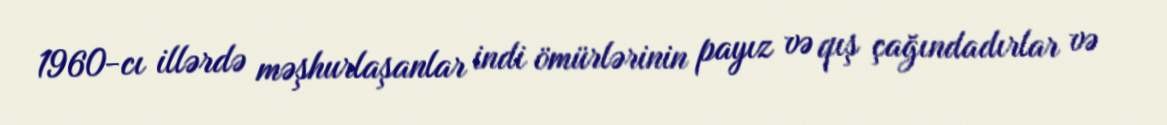
1960-cı illərdə məşhurlaşanlar indi ömürlərinin payız və qış çağındadırlar və